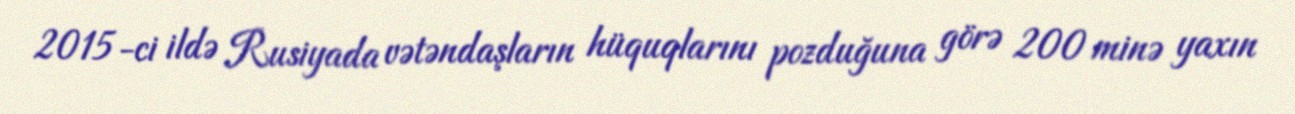
2015-ci ildə Rusiyada vətəndaşların hüquqlarını pozduğuna görə 200 minə yaxın